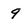
Character: 9